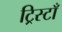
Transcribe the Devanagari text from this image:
ट्रिस्टाँ